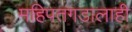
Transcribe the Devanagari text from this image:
महिपतगडालाही